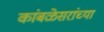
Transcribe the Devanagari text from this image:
कांबळेसरांच्या